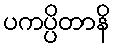
ပကပ္ပိတာနိ